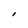
Character: I